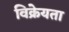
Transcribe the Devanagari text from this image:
विक्रेयता